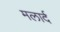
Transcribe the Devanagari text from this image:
मलार्द